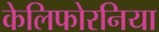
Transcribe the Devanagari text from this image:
केलिफोरनिया